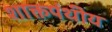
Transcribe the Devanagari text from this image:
शाक्तपंथीय